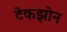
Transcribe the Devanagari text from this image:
टेकझोन